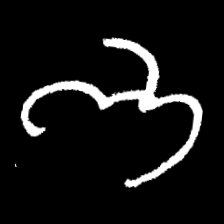
Pyu character \u2014 Myanmar letter: ဘ (romanized: bha)